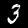
Digit: 3